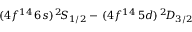
( 4 f ^ { 1 4 } \, 6 s ) \, ^ { 2 } \! S _ { 1 / 2 } - \, ( 4 f ^ { 1 4 } \, 5 d ) \, ^ { 2 } \! D _ { 3 / 2 }